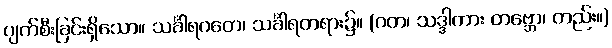
ပျက်စီးခြင်းရှိသော။ သင်္ခါရဂတေ၊ သင်္ခါရတရား၌။ (ဂတ၊ သဒ္ဒါကား တဗ္ဘော၊ တည်း။)